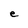
Character: e